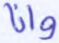
وإنا